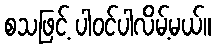
စသဖြင့် ပါဝင်ပါလိမ့်မယ်။